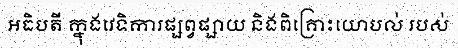
អធិបតី ក្នុងវេទិការផ្សព្វផ្សាយ និងពិគ្រោះយោបល់ របស់